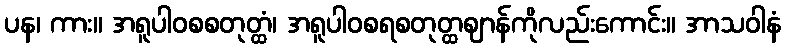
ပန၊ ကား။ အရူပါဝစစတုတ္ထံ၊ အရူပါဝစရစတုတ္ထဈာန်ကိုလည်းကောင်း။ အာသဝါနံ